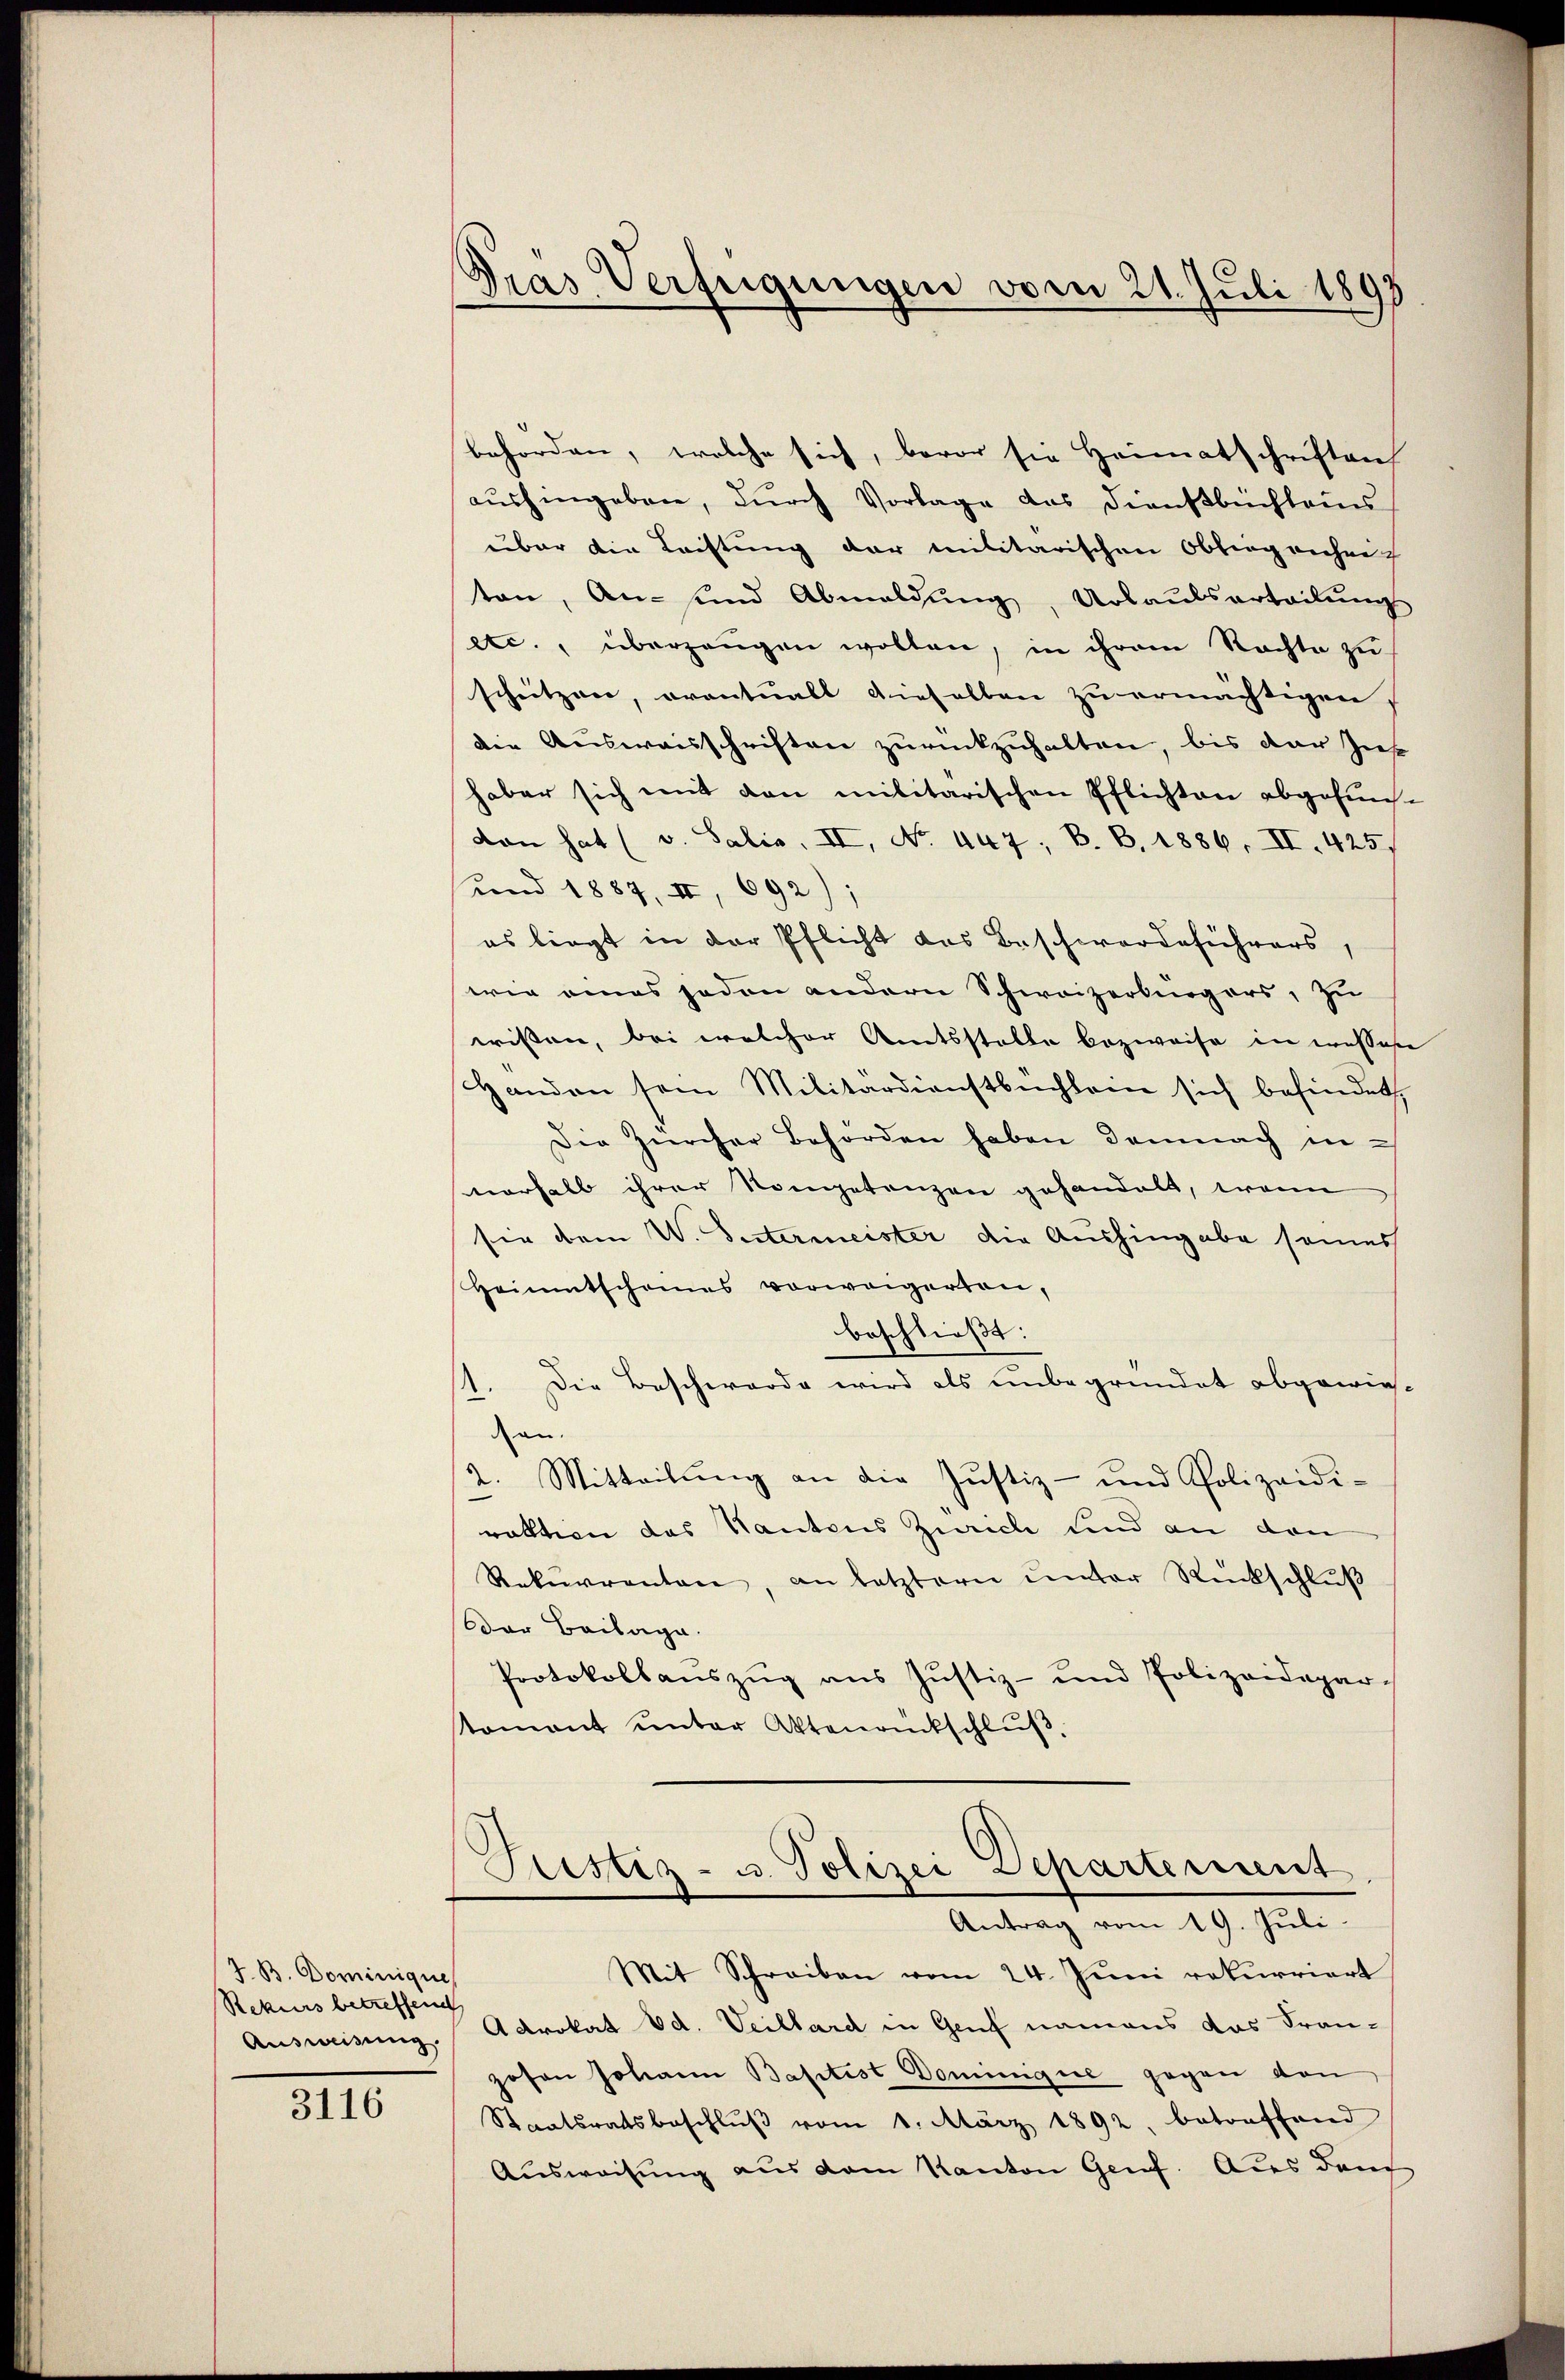
J. B. Dominique
Rekurs betreffend
Ausweisung.

3116

Pras Verfügungen vom 21. Juli 1897

behörden, welche sich, bevor sie Heimatschriften
aushingeben, durch Vorlage das Dienstbüchleins
über die Leistung der militarischen Obliegenheit
ton, An- und Abmeldŭng, Urlaŭbsarteilŭng
etc., überzeugen wollen, in ihrem Rechte zu
schützen, eventualt dieselben zu ermächtigen,
die Ausweisschriften zurückzuhalten, bis der Zus
haber sich mit den militarischen Pflichten abgefun-
dan hat (v. Salis. II, No. 447. B. B. 1886. II. 425
und 1887, II, 692);
es liegt in der Pflicht das Beschwerdeführers,
wie eines jeden andern Schweizerbürgers, zu
wissen, bei welcher Amtsstelle bezweife in wessere
Handen sein Militärdienstbüchlein sich befindet,
Die Zürcher Behörden haben demnach in-
verhalb ihrer Kompetenzen gehandelt, wenn
sie dem W. Sutermeister die Aushingabe seines
Heimtschames vorweigerten,
beschließt:
1. Die Beschwerde wird als unbegründet abgewies-
can.
2. Mitteilŭng an die Justiz- und Polizeidi-
raktion das Hautens Zürich und an den
Rekurrenten, an letzterer unter Rückschluß
Der Beilage.
Protokollauszug aus Justiz- und Polizeidepar-
stomant unter Aktenantschluß
Justiz- u. Polizei Departement
Antrag vom 19. Juli.
Mit Schreiben vom 24. Juni rekurriert
Advokat od. Veillard in Genf namens das Fran-
zosen Johann Baptist Dominque gegen den
Staatsratsbeschlŭβ vom 1. März 1892, betreffend
Ausweisung aus dem Kanton Grief. Aus durch